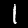
Digit: 1